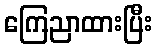
ကြေညာထားပြီး